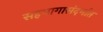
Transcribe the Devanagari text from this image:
सहभागासंदर्भात